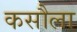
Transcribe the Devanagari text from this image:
कसौला